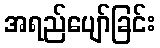
အရည်ပျော်ခြင်း